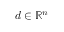
d \in \mathbb { R } ^ { n }